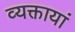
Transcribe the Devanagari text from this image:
व्यक्तायां